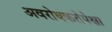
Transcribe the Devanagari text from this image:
अवरोधकतेपेक्षा